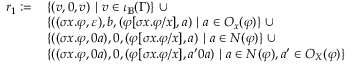
\begin{array} { r l } { r _ { 1 } \coloneq \, } & { \{ ( v , 0 , v ) ~ | ~ v \in \iota _ { \mathbb { B } } ( \Gamma ) \} ~ \cup } \\ & { \{ ( ( \sigma x . \varphi , \varepsilon ) , b , ( \varphi [ \sigma x . \varphi / x ] , a ) ~ | ~ a \in O _ { x } ( \varphi ) \} ~ \cup } \\ & { \{ ( ( \sigma x . \varphi , 0 a ) , 0 , ( \varphi [ \sigma x . \varphi / x ] , a ) ~ | ~ a \in N ( \varphi ) \} ~ \cup } \\ & { \{ ( ( \sigma x . \varphi , 0 a ) , 0 , ( \varphi [ \sigma x . \varphi / x ] , a ^ { \prime } 0 a ) ~ | ~ a \in N ( \varphi ) , a ^ { \prime } \in O _ { X } ( \varphi ) \} } \end{array}